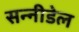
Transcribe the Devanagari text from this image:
सन्नीडेल